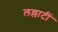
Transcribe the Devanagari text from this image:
लल्लाटीं